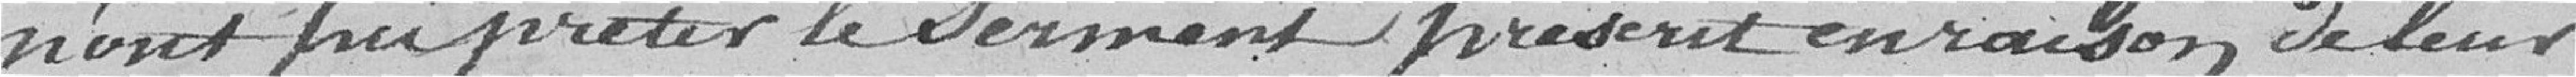
n'ont pu prêter serment prescrit en raison de leur